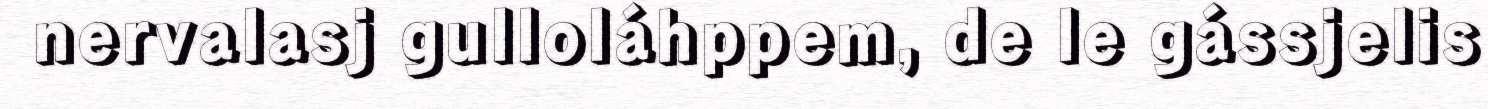
nervalasj gulloláhppem, de le gássjelis